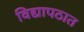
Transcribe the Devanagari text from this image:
विद्यापठात